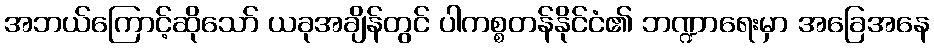
အဘယ်ကြောင့်ဆိုသော် ယခုအချိန်တွင် ပါကစ္စတန်နိုင်ငံ၏ ဘဏ္ဍာရေးမှာ အခြေအနေ